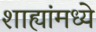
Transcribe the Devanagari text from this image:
शाह्यांमध्ये